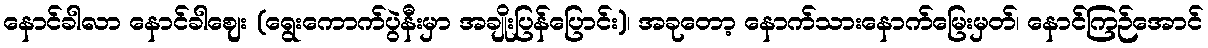
နောင်ခါလာ နောင်ခါဈေး (ရွေးကောက်ပွဲနီးမှာ အချိုးပြန်ပြောင်း)၊ အခုတော့ နောက်သားနောက်မြေးမှတ်၊ နောင်ကြဉ်အောင်